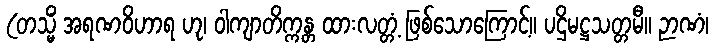
(တသ္မိံ အရဏဝိဟာရ ဟု၊ ဝါကျာတိက္ကန္တ ထားလတ္တံ့ ဖြစ်သောကြောင့်။ ပဌိမဋ္ဌသတ္တမီ။ ဉာဏံ၊